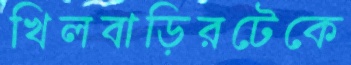
খিলবাড়িরটেকে